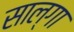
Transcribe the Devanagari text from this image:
साल्गा